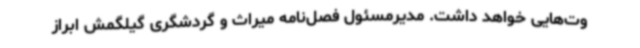
وت‌هایی خواهد داشت. مدیرمسئول فصل‌نامه میراث و گردشگری گیلگمش ابراز